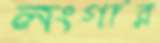
লংগার